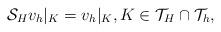
LaTeX: \begin{align*}\mathcal{S}_H v_h|_K=v_h|_K, K\in \mathcal{T}_H\cap\mathcal{T}_h,\end{align*}